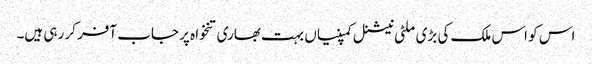
اس کو اس ملک کی بڑی ملٹی نیشنل کمپنیاں بہت بھاری تنخواہ پر جاب آفر کر رہی ہیں۔